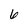
Character: 6